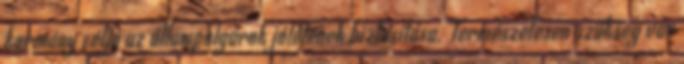
kormány célja az állampolgárok jólétének biztosítása. Természetesen szükség van